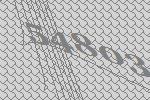
54803